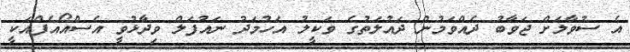
އެ ސުވާލަށް ޖަވާބު ދެއްވަމުން ދައުލަތުގެ ވަކީލު އަހުމަދު ނައުފަލް ވިދާޅުވީ އެސްއޯއެފްއަކީ